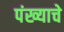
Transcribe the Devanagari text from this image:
पंख्याचे